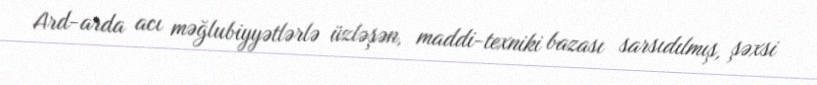
Ard-arda acı məğlubiyyətlərlə üzləşən, maddi-texniki bazası sarsıdılmış, şəxsi